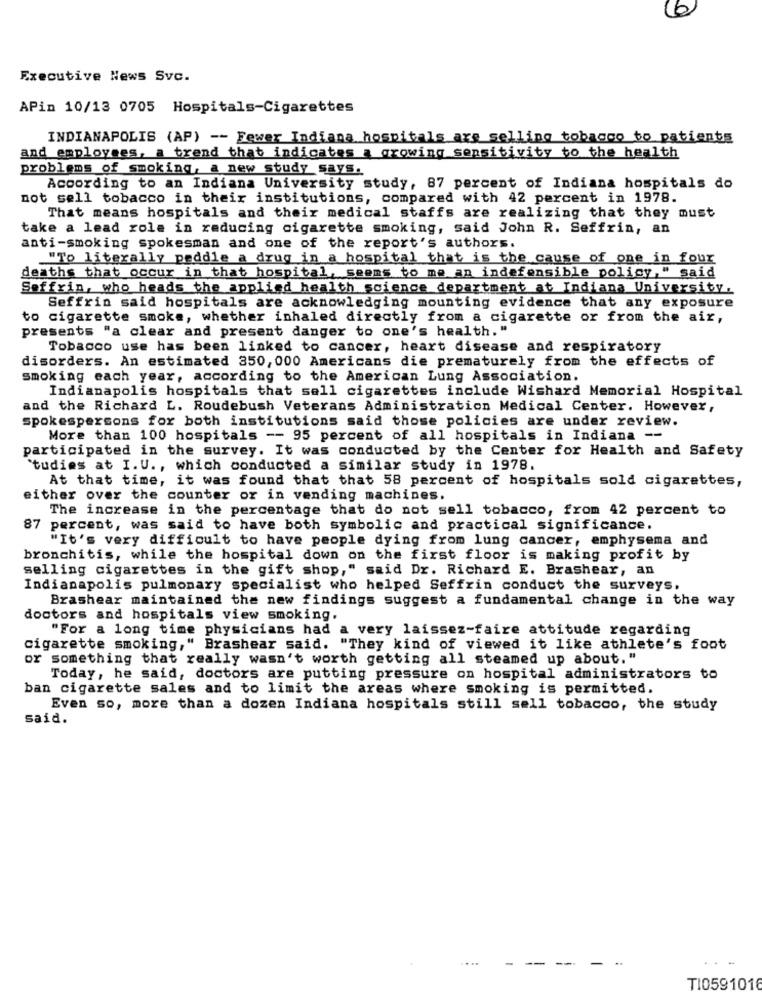
Executive News Svc.
APin 10/13 0705 Hospitals-Cigarettes
INDIANAPOLIS (AP) -- Fewer Indiana hospitals are selling tobacco to patients
and employees, a trend that indicates a growing sensitivity to the health
problems of smoking, a new study says.
According to an Indiana University study, 87 percent of Indiana hospitals do
not sell tobacco in their institutions, compared with 42 percent in 1978.
That means hospitals and their medical staffs are realizing that they must
take a lead role in reducing cigarette smoking, said John R. Seffrin, an
anti-smoking spokesman and one of the report's authors.
"To literally peddle a drug in a hospital that is the cause of one in four
deaths that occur in that hospital, seems to me an indefensible policy, " said
Seffrin, who heads the applied health science department at Indiana University.
Seffrin said hospitals are acknowledging mounting evidence that any exposure
to cigarette smoke, whether inhaled directly from a cigarette or from the air,
presents "a clear and present danger to one's health. "
Tobacco use has been linked to cancer, heart disease and respiratory
disorders. An estimated 350, 000 Americans die prematurely from the effects of
smoking each year, according to the American Lung Association.
Indianapolis hospitals that sell cigarettes include Wishard Memorial Hospital
and the Richard L. Roudebush Veterans Administration Medical Center. However,
spokespersons for both institutions said those policies are under review.
More than 100 hospitals -- 95 percent of all hospitals in Indiana --
participated in the survey. It was conducted by the Center for Health and Safety
`tudies at I. U ., which conducted a similar study in 1978.
At that time, it was found that that 58 percent of hospitals sold cigarettes,
either over the counter or in vending machines.
The increase in the percentage that do not sell tobacco, from 42 percent to
87 percent, was said to have both symbolic and practical significance.
"It's very difficult to have people dying from lung cancer, emphysema and
bronchitis, while the hospital down on the first floor is making profit by
selling cigarettes in the gift shop," said Dr. Richard E. Brashear, an
Indianapolis pulmonary specialist who helped Seffrin conduct the surveys.
Brashear maintained the new findings suggest a fundamental change in the way
doctors and hospitals view smoking.
"For a long time physicians had a very laissez-faire attitude regarding
cigarette smoking," Brashear said. "They kind of viewed it like athlete's foot
or something that really wasn't worth getting all steamed up about."
Today, he said, doctors are putting pressure on hospital administrators to
ban cigarette sales and to limit the areas where smoking is permitted.
Even so, more than a dozen Indiana hospitals still sell tobacco, the study
said.
...
- -
-
TI0591016